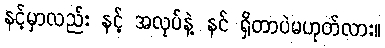
နင့်မှာလည်း နင့် အလုပ်နဲ့ နင် ရှိတာပဲမဟုတ်လား။